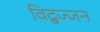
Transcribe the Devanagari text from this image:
विद्बज्जन